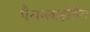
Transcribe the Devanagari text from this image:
पैराग्‍लाइडिंग